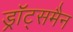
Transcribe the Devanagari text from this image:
ड्रॉट्समैन